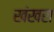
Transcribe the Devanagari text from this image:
खंखरा